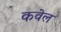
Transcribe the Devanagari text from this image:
कवेल